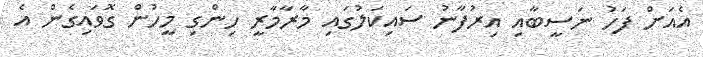
އެއަށް ފަހު ނަސީބާއި އިރުފާނު ސައިކަލުގައި މާރާމާރީ ހިންގި މީހުން ގޮވައިގެން އެ